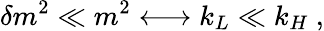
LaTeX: \delta m^{2}\ll m^{2}\longleftrightarrow k_{L}\ll k_{H}\ ,